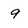
Character: 9